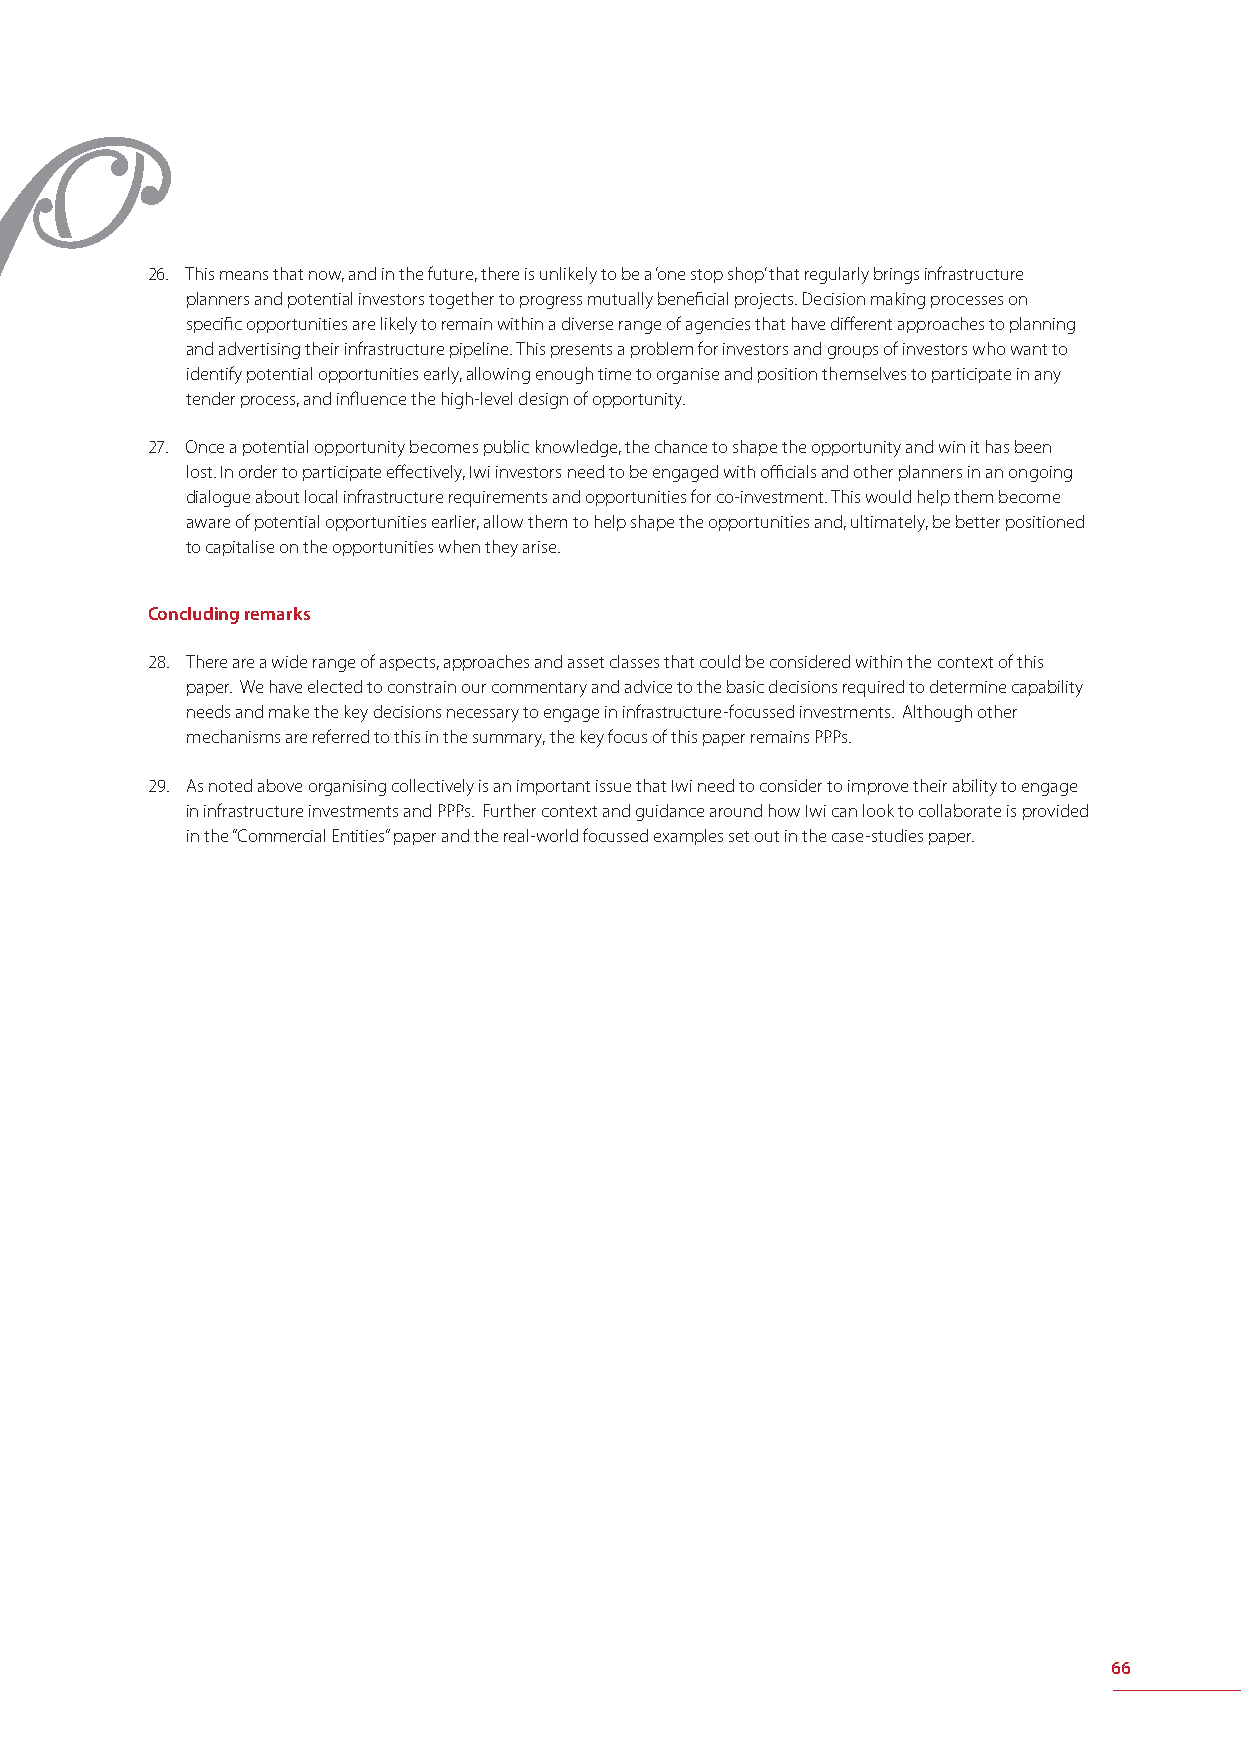
26. This means that now, and in the future, there is unlikely to be a ‘one stop shop’ that regularly brings infrastructure
 planners and potential investors together to progress mutually benefi cial projects. Decision making processes on
 specifi c opportunities are likely to remain within a diverse range of agencies that have diff erent approaches to planning
 and advertising their infrastructure pipeline. This presents a problem for investors and groups of investors who want to
 identify potential opportunities early, allowing enough time to organise and position themselves to participate in any
 tender process, and infl uence the high-level design of opportunity.
 27. Once a potential opportunity becomes public knowledge, the chance to shape the opportunity and win it has been
 lost. In order to participate eff ectively, Iwi investors need to be engaged with offi cials and other planners in an ongoing
 dialogue about local infrastructure requirements and opportunities for co-investment. This would help them become
 aware of potential opportunities earlier, allow them to help shape the opportunities and, ultimately, be better positioned
 to capitalise on the opportunities when they arise.
 Concluding remarks
 28. There are a wide range of aspects, approaches and asset classes that could be considered within the context of this
 paper. We have elected to constrain our commentary and advice to the basic decisions required to determine capability
 needs and make the key decisions necessary to engage in infrastructure-focussed investments. Although other
 mechanisms are referred to this in the summary, the key focus of this paper remains PPPs.
 29. As noted above organising collectively is an important issue that Iwi need to consider to improve their ability to engage
 in infrastructure investments and PPPs. Further context and guidance around how Iwi can look to collaborate is provided
 in the “Commercial Entities” paper and the real-world focussed examples set out in the case-studies paper.
 66